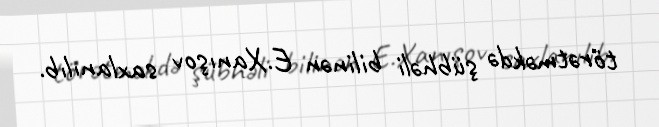
törətməkdə şübhəli bilinən E.Xanışov saxlanılıb.